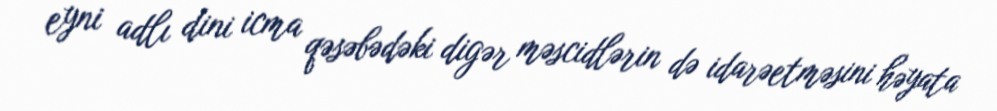
eyni adlı dini icma qəsəbədəki digər məscidlərin də idarəetməsini həyata